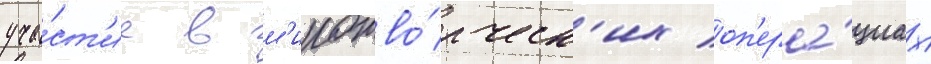
уча́ст'ие в м'иротво́рческ'их оп'ера́циах